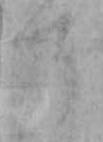
す